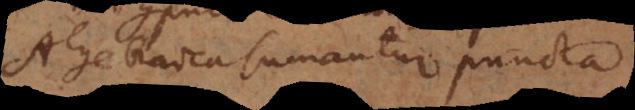
Algebraica sumantur puncta